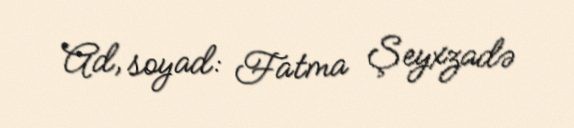
Ad, soyad: Fatma Şeyxzadə